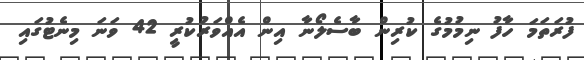
ފުރަތަމަ ހާފު ނިމުމުގެ ކުރިން ބާސެލޯނާ އިން އެއްވަރުކުރީ 42 ވަނަ މިނެޓުގައި